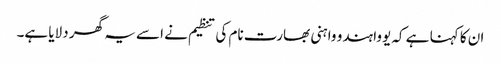
ان کا کہنا ہے کہ یووا ہندو واہنی بھارت نام کی تنظیم نے اسے یہ گھر دلایا ہے۔